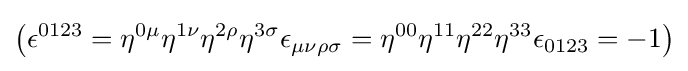
\left(\epsilon ^{0123}=\eta ^{0\mu }\eta ^{1\nu }\eta ^{2\rho }\eta ^{3\sigma }\epsilon _{\mu \nu \rho \sigma }=\eta ^{00}\eta ^{11}\eta ^{22}\eta ^{33}\epsilon _{0123}=-1\right)